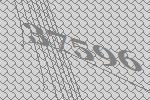
37596